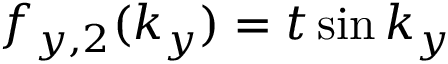
f _ { y , 2 } ( k _ { y } ) = t \sin k _ { y }